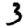
Digit: 3